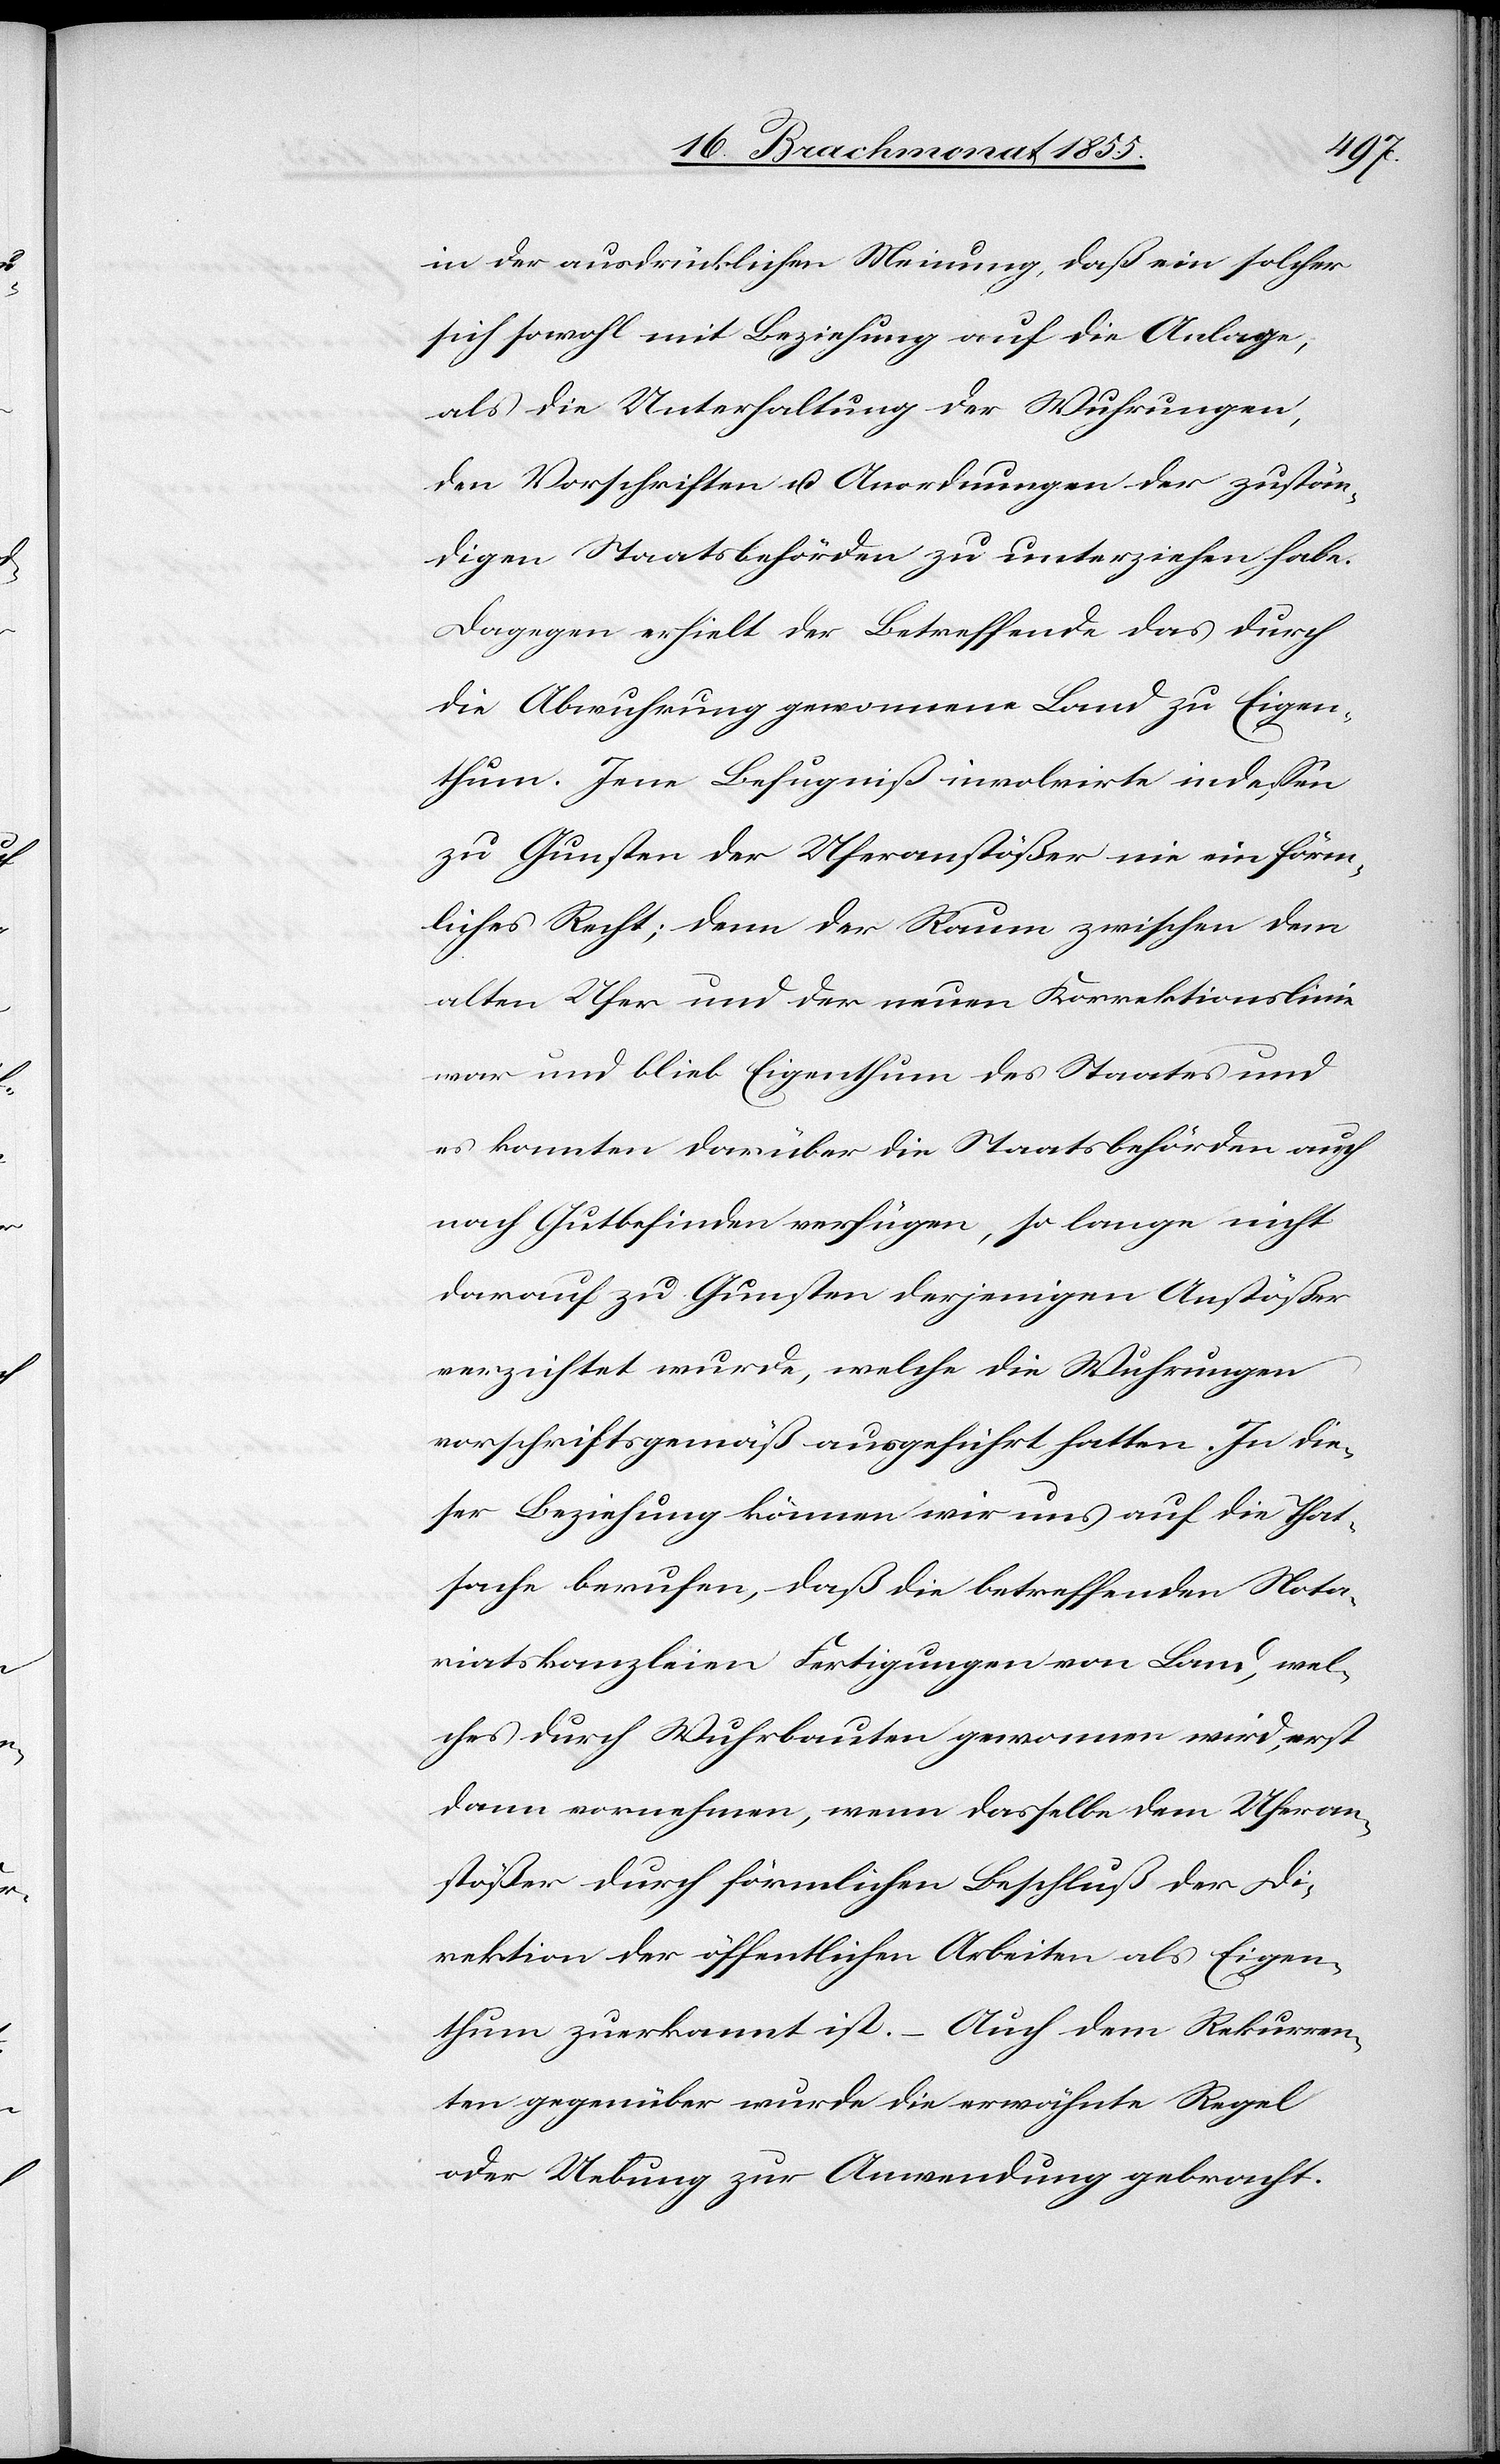
in der ausdrücklichen Meinung, daß ein solcher
sich sowohl mit Beziehung auf die Anlage,
als die Unterhaltung der Wuhrungen,
den Vorschriften u. Anordnungen der zustän¬
digen Staatsbehörden zu unterziehen habe.
Dagegen erhielt der Betreffende das durch
die Abwuhrung gewonnene Land zu Eigen¬
thum. Jene Befugniß involvirte indessen
zu Gunsten der Uferanstößer nie ein förm¬
liches Recht; denn der Raum zwischen dem
alten Ufer und der neuen Korrektionslinie
war und blieb Eigenthum des Staates und
es konnten darüber die Staatsbehörden auch
nach Gutbefinden verfügen, so lange nicht
darauf zu Gunsten derjenigen Anstößer
verzichtet wurde, welche die Wuhrungen
vorschriftsgemäß ausgeführt hatten. In die¬
ser Beziehung können wir uns auf die That¬
sache berufen, daß die betreffenden Nota¬
riatskanzleien Fertigungen von Land, wel¬
ches durch Wuhrbauten gewonnen wird, erst
dann vornehmen, wenn dasselbe dem Uferan¬
stößer durch förmlichen Beschluß der Di¬
rektion der öffentlichen Arbeiten als Eigen¬
thum zuerkannt ist. – Auch dem Rekurren¬
ten gegenüber wurde die erwähnte Regel
oder Uebung zur Anwendung gebracht.